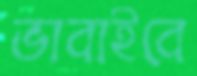
ভাবাইবে